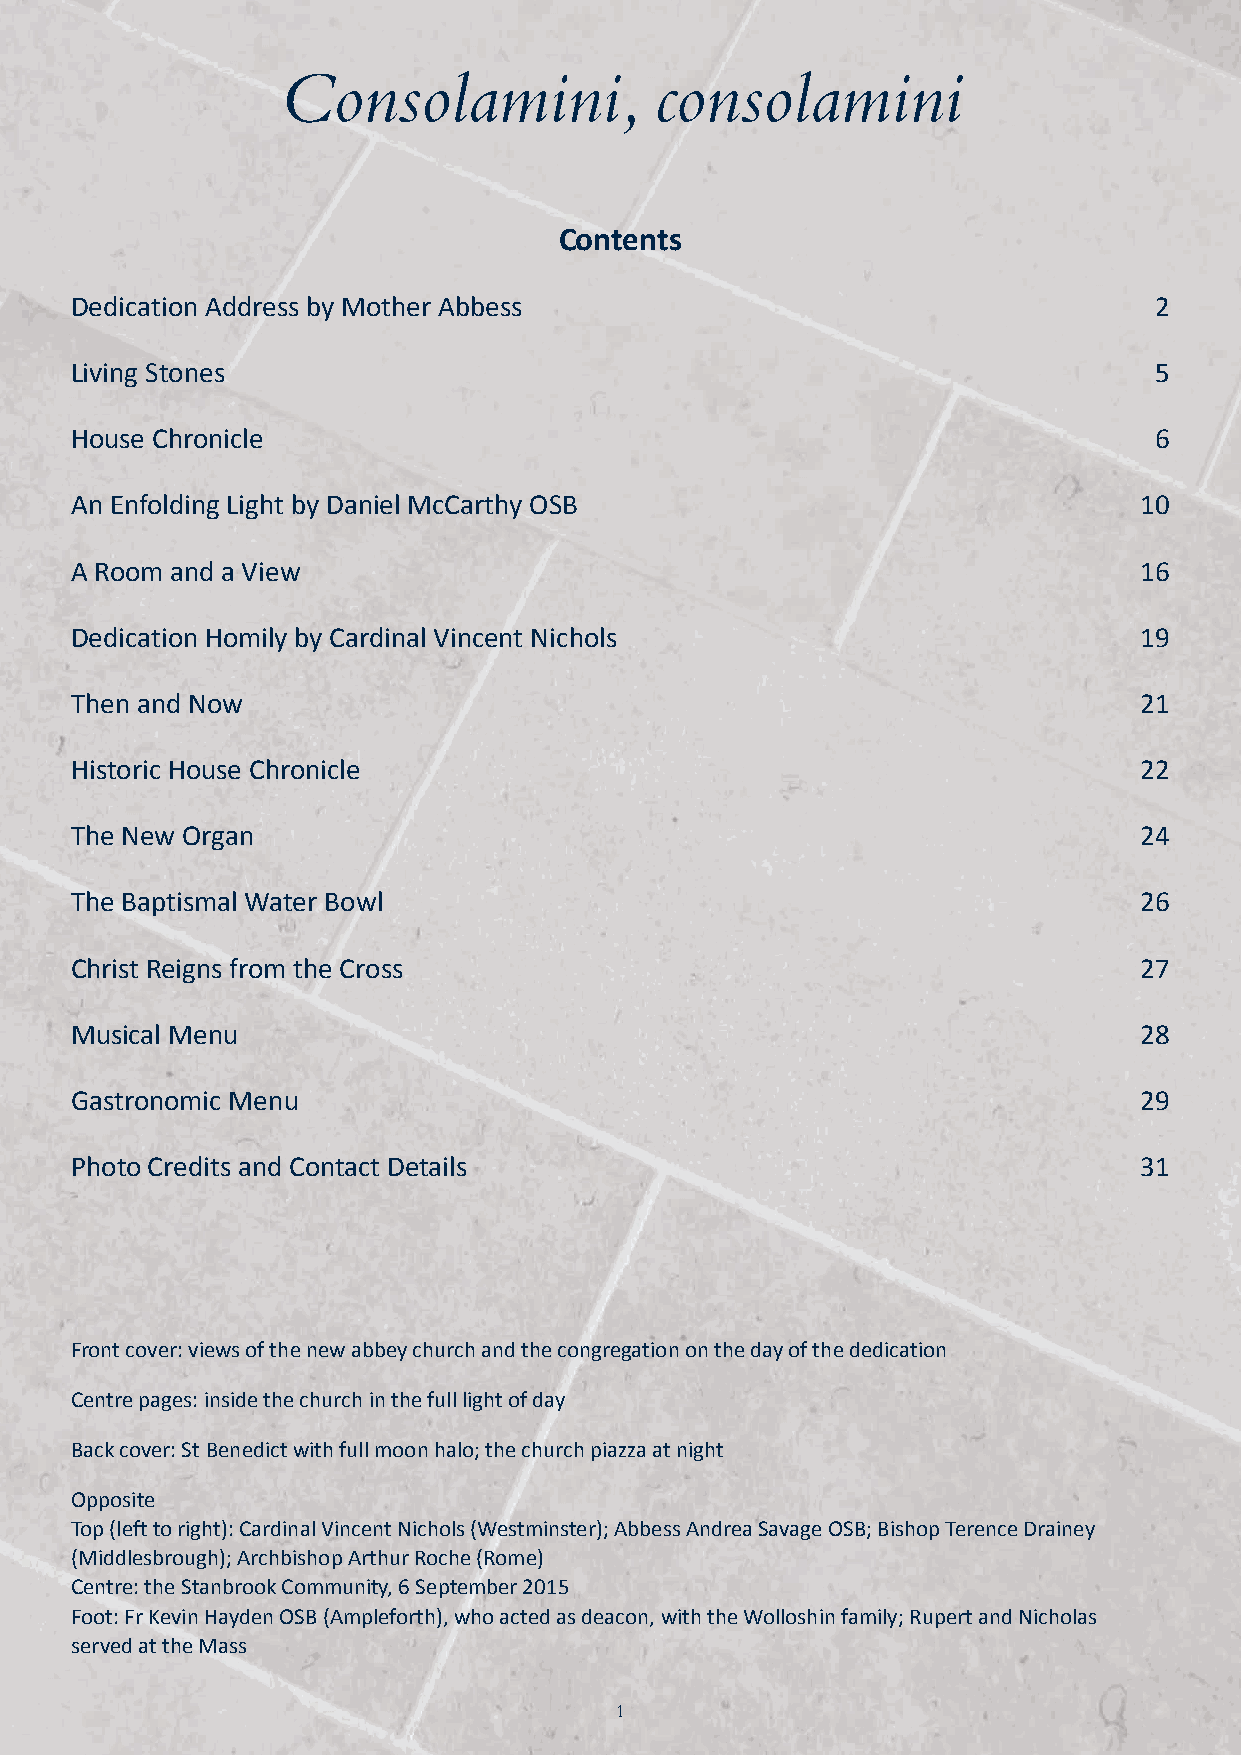
JN40870_Stanbrook 32pp Inners_Layout 1 18/11/2015 14:07 Page 1
 Consolamini,             consolamini
 Contents
 Dedication Address by Mother Abbess                                     2
 Living Stones                                                           5
 House Chronicle                                                         6
 An Enfolding Light by Daniel McCarthy OSB                              10
 A Room and a View                                                      16
 Dedication Homily by Cardinal Vincent Nichols                          19
 Then and Now                                                           21
 Historic House Chronicle                                               22
 The New Organ                                                          24
 The Baptismal Water Bowl                                               26
 Christ Reigns from the Cross                                           27
 Musical Menu                                                           28
 Gastronomic Menu                                                       29
 Photo Credits and Contact Details                                      31
 Front cover: views of the new abbey church and the congregation on the day of the dedication
 Centre pages: inside the church in the full light of day
 Back cover: St Benedict with full moon halo; the church piazza at night
 Opposite
 Top (left to right): Cardinal Vincent Nichols (Westminster); Abbess Andrea Savage OSB; Bishop Terence Drainey
 (Middlesbrough); Archbishop Arthur Roche (Rome)
 Centre: the Stanbrook Community, 6 September 2015
 Foot: Fr Kevin Hayden OSB (Ampleforth), who acted as deacon, with the Wolloshin family; Rupert and Nicholas
 served at the Mass
 1